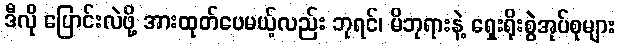
ဒီလို ပြောင်းလဲဖို့ အားထုတ်ပေမယ့်လည်း ဘုရင်၊ မိဘုရားနဲ့ ရှေးရိုးစွဲအုပ်စုများ